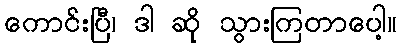
ကောင်းပြီ၊ ဒါ ဆို သွားကြတာပေါ့။